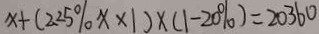
x + ( 2 . 2 5 \% x \times 1 ) \times ( 1 - 2 0 \% ) = 2 0 3 6 0